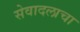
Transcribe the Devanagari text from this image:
सेवादलाचा